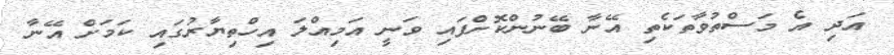
އަދި އެ މަސްތުވާތަކެތި އޭނާ ބޭނުންކޮށްފައި ވަނީ އަމިއްލަ އިހްތިޔާރުގައި ކަމަށް އޭނާ